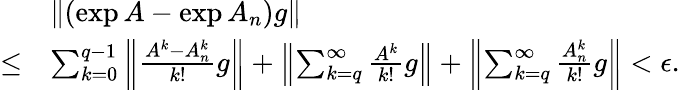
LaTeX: \begin{array}{rl}&{\| (\exp A-\exp A_{n})g\| }\\ {\le}&{\sum_{k=0}^{q-1}\left\| \frac{A^{k}-A_{n}^{k}}{k!}g\right\| +\left\| \sum_{k=q}^{\infty}\frac{A^{k}}{k!}g\right\| +\left\| \sum_{k=q}^{\infty}\frac{A_{n}^{k}}{k!}g\right\| <\epsilon.}\end{array}